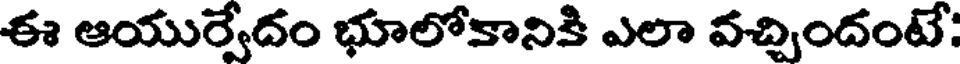
ఈ ఆయుర్వేదం భూలోకానికి ఎలా వచ్చిందంటే: